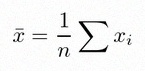
\bar{x}=\frac1n\sum x_i